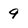
Character: 9